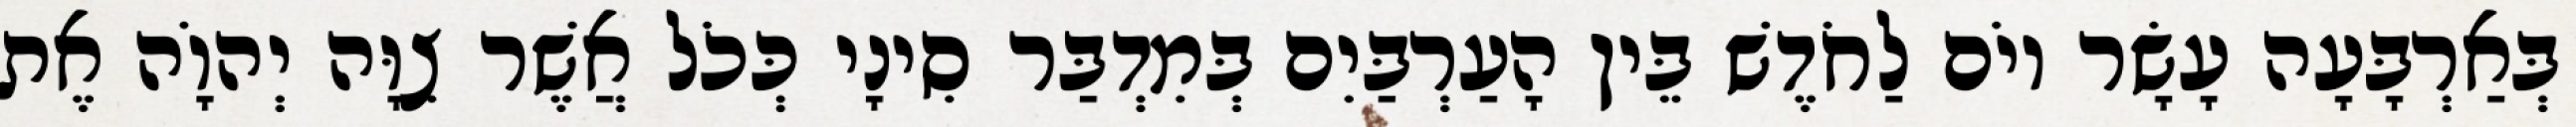
בְּאַרְבָּעָה עָשָׂר יוֹם לַחֹדֶשׁ בֵּין הָעַרְבַּיִם בְּמִדְבַּר סִינָי כְּכֹל אֲשֶׁר צִוָּה יְהוָֹה אֶת